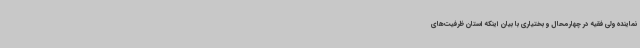
نماینده ولی فقیه در چهارمحال و بختیاری با بیان اینکه استان ظرفیت‌های